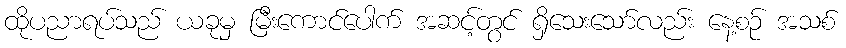
ထိုပညာရပ်သည် ယခုမှ မြီးကောင်ပေါက် အဆင့်တွင် ရှိသေးသော်လည်း နေ့စဉ် အသစ်